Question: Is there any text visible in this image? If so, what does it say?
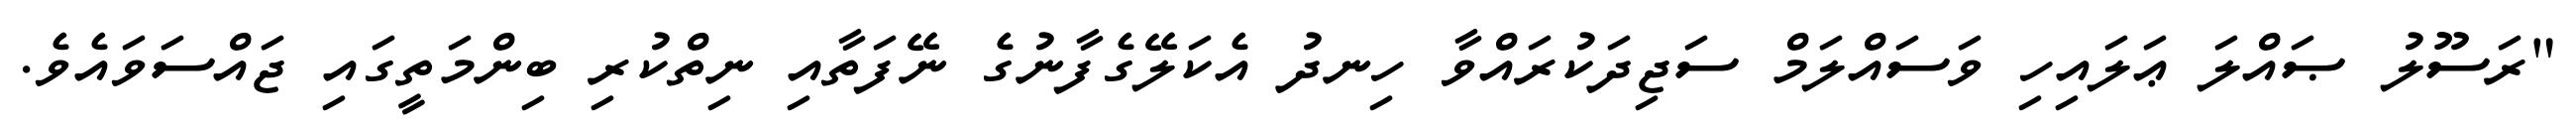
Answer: "ރަސޫލު ޞައްލަ ޢަލައިހި ވަސައްލަމް ސަޖިދަކުރައްވާ ހިނދު އެކަލޭގެފާނުގެ ނޭފަތާއި ނިތްކުރި ބިންމަތީގައި ޖައްސަވައެވެ.